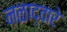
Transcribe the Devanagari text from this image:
नळाद्वारे